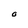
Character: O